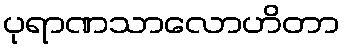
ပုရာဏသာလောဟိတာ